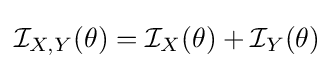
{\mathcal {I}}_{X,Y}(\theta )={\mathcal {I}}_{X}(\theta )+{\mathcal {I}}_{Y}(\theta )